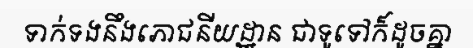
ទាក់ទងនឹងភោជនីយដ្ឋាន ជាទូទៅក៏ដូចគ្នា